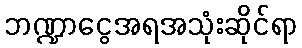
ဘဏ္ဍာငွေအရအသုံးဆိုင်ရာ